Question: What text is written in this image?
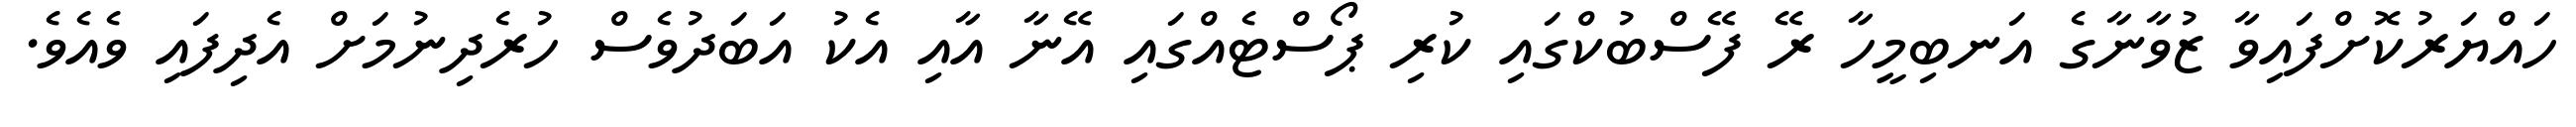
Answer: ހައްޔަރުކޮށްފައިވާ ޒުވާނާގެ އަނބިމީހާ ރޭ ފޭސްބުކްގައި ކުރި ޕޯސްޓެއްގައި އޭނާ އާއި އެކު އަބަދުވެސް ހުރެދިނުމަށް އެދިފައި ވެއެވެ.